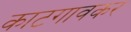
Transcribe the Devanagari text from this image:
काटगावकर